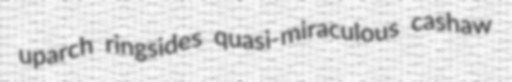
uparch ringsides quasi-miraculous cashaw